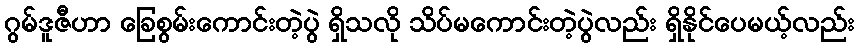
ဂွမ်ဒူဇီဟာ ခြေစွမ်းကောင်းတဲ့ပွဲ ရှိသလို သိပ်မကောင်းတဲ့ပွဲလည်း ရှိနိုင်ပေမယ့်လည်း